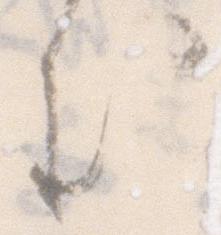
む